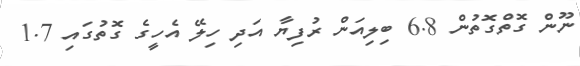
ނޫން ގޮތްގޮތުން 6.8 ބިލިއަން ރުފިޔާ އަދި ހިލޭ އެހީގެ ގޮތުގައި 1.7